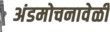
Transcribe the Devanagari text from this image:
अंडमोचनावेळी